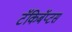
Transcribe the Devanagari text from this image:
टॅकिबॅप्टस